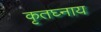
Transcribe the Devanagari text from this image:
कृतघ्नाय